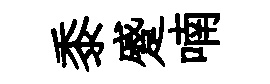
黍蹙喃